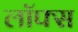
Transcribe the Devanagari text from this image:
लॉफ्स